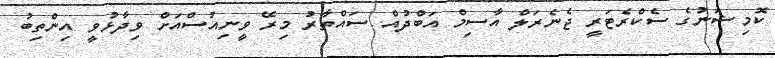
ކޮމިޝަނުގެ ސެކްރެޓަރީ ޖެނެރަލް އާސިމް އަބްދުއް ސައްތާރު މިރޭ ވީނިއުސްއަށް ވިދާޅުވީ އިންތިބު